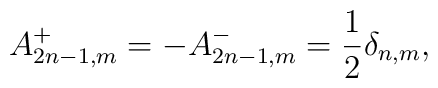
A_{2n-1,m}^+=-A_{2n-1,m}^-= \frac{1}{2}\delta_{n,m},